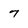
Character: 7